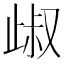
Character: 𣥹